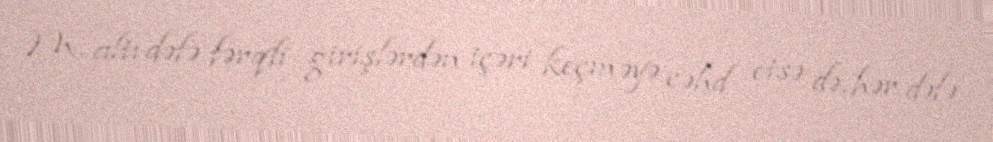
M. altı dəfə fərqli girişlərdən içəri keçməyə cəhd etsə də, hər dəfə